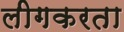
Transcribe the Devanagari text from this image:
लीगकरता